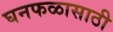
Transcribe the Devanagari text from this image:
घनफळासाठी